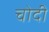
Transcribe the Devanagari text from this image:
चोदी